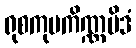
ရုစကုပကိဏ္ဏမိဒံ